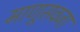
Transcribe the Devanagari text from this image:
माणूसवजा